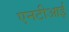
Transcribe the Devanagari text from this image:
एनटीआई